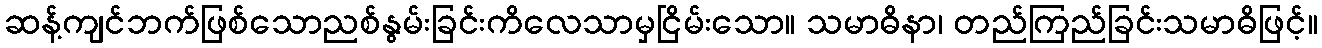
ဆန့်ကျင်ဘက်ဖြစ်သောညစ်နွမ်းခြင်းကိလေသာမှငြိမ်းသော။ သမာဓိနာ၊ တည်ကြည်ခြင်းသမာဓိဖြင့်။